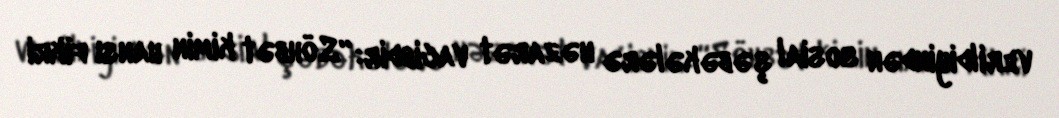
verildiyindən sosial şəbəkələrə nəzarət vacibdir: “Söhbət kimin hansı fikri